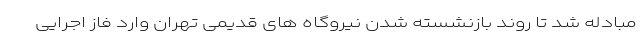
مبادله شد تا روند بازنشسته شدن نیروگاه های قدیمی تهران وارد فاز اجرایی